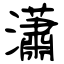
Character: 瀟